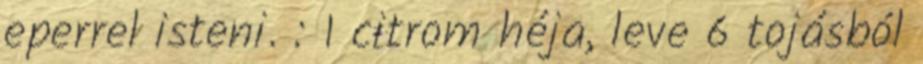
eperrel isteni. : 1 citrom héja, leve 6 tojásból